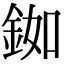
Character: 銣